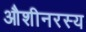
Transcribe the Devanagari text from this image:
औशीनरस्य